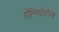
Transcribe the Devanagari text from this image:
डॉनियोरोव